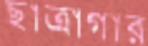
ছাত্রাগার